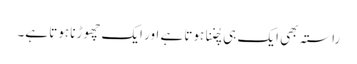
راستہ بھی ایک ہی چُننا ہوتا ہے اور ایک چھوڑنا ہوتا ہے۔